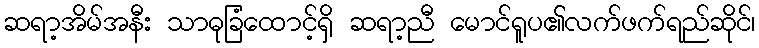
ဆရာ့အိမ်အနီး သာဓုခြံထောင့်ရှိ ဆရာ့ညီ မောင်ရူပ၏လက်ဖက်ရည်ဆိုင်၊